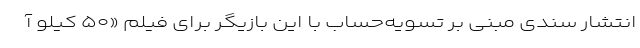
انتشار سندی مبنی بر تسویه‌حساب با این بازیگر برای فیلم «۵۰ کیلو آ